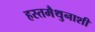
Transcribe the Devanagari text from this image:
हस्तमैथुनाशी